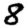
Digit: 8